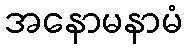
အနောမနာမံ